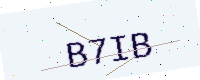
Text: B7IB